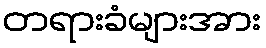
တရားခံများအား